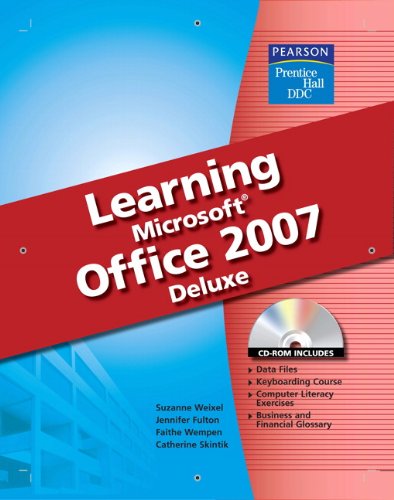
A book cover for DDC Learning Microsoft Office 2007 Softcover Deluxe Edition; Suzanne Weixel; Business & Money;